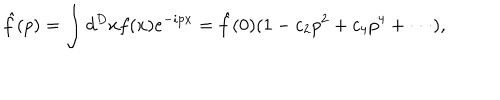
\hat { f } ( p ) = \int d ^ { D } x f ( x ) e ^ { - i p x } = \hat { f } ( 0 ) ( 1 - c _ { 2 } p ^ { 2 } + c _ { 4 } p ^ { 4 } + \cdot \cdot \cdot ) ,